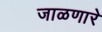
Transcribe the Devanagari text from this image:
जाळणारे